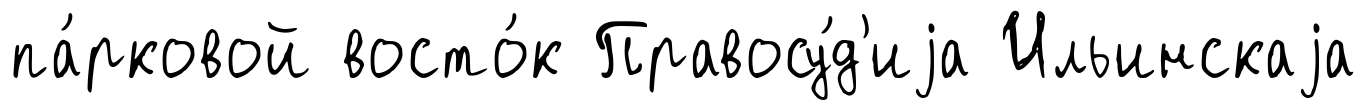
па́рковой восто́к Правосу́д'иjа Ильинскаjа